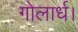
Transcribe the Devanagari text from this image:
गोलार्ध।